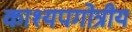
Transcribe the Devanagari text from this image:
काश्यपगोत्रीय